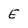
Character: E